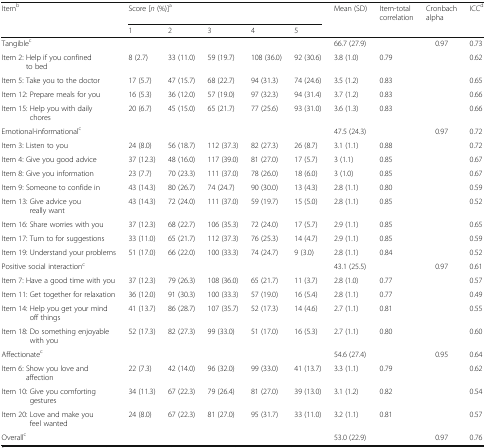
<table><thead><tr><td rowspan="2"><b>Item<sup>b</sup></b></td><td colspan="5"><b>Score [<i>n</i> (%)]<sup>a</sup></b></td><td><b>Mean (SD)</b></td><td><b>Item-total correlation</b></td><td><b>Cronbach alpha</b></td><td><b>ICC<sup>d</sup></b></td></tr><tr><td><b>1</b></td><td><b>2</b></td><td><b>3</b></td><td><b>4</b></td><td><b>5</b></td><td></td><td></td><td></td><td></td></tr></thead><tbody><tr><td colspan="6">Tangible<sup>c</sup></td><td>66.7 (27.9)</td><td></td><td>0.97</td><td>0.73</td></tr><tr><td>Item 2: Help if you confined to bed</td><td>8 (2.7)</td><td>33 (11.0)</td><td>59 (19.7)</td><td>108 (36.0)</td><td>92 (30.6)</td><td>3.8 (1.0)</td><td>0.79</td><td></td><td>0.62</td></tr><tr><td>Item 5: Take you to the doctor</td><td>17 (5.7)</td><td>47 (15.7)</td><td>68 (22.7)</td><td>94 (31.3)</td><td>74 (24.6)</td><td>3.5 (1.2)</td><td>0.83</td><td></td><td>0.65</td></tr><tr><td>Item 12: Prepare meals for you</td><td>16 (5.3)</td><td>36 (12.0)</td><td>57 (19.0)</td><td>97 (32.3)</td><td>94 (31.4)</td><td>3.7 (1.2)</td><td>0.83</td><td></td><td>0.66</td></tr><tr><td>Item 15: Help you with daily chores</td><td>20 (6.7)</td><td>45 (15.0)</td><td>65 (21.7)</td><td>77 (25.6)</td><td>93 (31.0)</td><td>3.6 (1.3)</td><td>0.83</td><td></td><td>0.66</td></tr><tr><td colspan="6">Emotional-informational<sup>c</sup></td><td>47.5 (24.3)</td><td></td><td>0.97</td><td>0.72</td></tr><tr><td>Item 3: Listen to you</td><td>24 (8.0)</td><td>56 (18.7)</td><td>112 (37.3)</td><td>82 (27.3)</td><td>26 (8.7)</td><td>3.1 (1.1)</td><td>0.88</td><td></td><td>0.72</td></tr><tr><td>Item 4: Give you good advice</td><td>37 (12.3)</td><td>48 (16.0)</td><td>117 (39.0)</td><td>81 (27.0)</td><td>17 (5.7)</td><td>3 (1.1)</td><td>0.85</td><td></td><td>0.67</td></tr><tr><td>Item 8: Give you information</td><td>23 (7.7)</td><td>70 (23.3)</td><td>111 (37.0)</td><td>78 (26.0)</td><td>18 (6.0)</td><td>3 (1.0)</td><td>0.85</td><td></td><td>0.67</td></tr><tr><td>Item 9: Someone to confide in</td><td>43 (14.3)</td><td>80 (26.7)</td><td>74 (24.7)</td><td>90 (30.0)</td><td>13 (4.3)</td><td>2.8 (1.1)</td><td>0.80</td><td></td><td>0.59</td></tr><tr><td>Item 13: Give advice you really want</td><td>43 (14.3)</td><td>72 (24.0)</td><td>111 (37.0)</td><td>59 (19.7)</td><td>15 (5.0)</td><td>2.8 (1.1)</td><td>0.85</td><td></td><td>0.52</td></tr><tr><td>Item 16: Share worries with you</td><td>37 (12.3)</td><td>68 (22.7)</td><td>106 (35.3)</td><td>72 (24.0)</td><td>17 (5.7)</td><td>2.9 (1.1)</td><td>0.85</td><td></td><td>0.65</td></tr><tr><td>Item 17: Turn to for suggestions</td><td>33 (11.0)</td><td>65 (21.7)</td><td>112 (37.3)</td><td>76 (25.3)</td><td>14 (4.7)</td><td>2.9 (1.1)</td><td>0.85</td><td></td><td>0.59</td></tr><tr><td>Item 19: Understand your problems</td><td>51 (17.0)</td><td>66 (22.0)</td><td>100 (33.3)</td><td>74 (24.7)</td><td>9 (3.0)</td><td>2.8 (1.1)</td><td>0.84</td><td></td><td>0.52</td></tr><tr><td colspan="6">Positive social interaction<sup>c</sup></td><td>43.1 (25.5)</td><td></td><td>0.97</td><td>0.61</td></tr><tr><td>Item 7: Have a good time with you</td><td>37 (12.3)</td><td>79 (26.3)</td><td>108 (36.0)</td><td>65 (21.7)</td><td>11 (3.7)</td><td>2.8 (1.0)</td><td>0.77</td><td></td><td>0.57</td></tr><tr><td>Item 11: Get together for relaxation</td><td>36 (12.0)</td><td>91 (30.3)</td><td>100 (33.3)</td><td>57 (19.0)</td><td>16 (5.4)</td><td>2.8 (1.1)</td><td>0.77</td><td></td><td>0.49</td></tr><tr><td>Item 14: Help you get your mind off things</td><td>41 (13.7)</td><td>86 (28.7)</td><td>107 (35.7)</td><td>52 (17.3)</td><td>14 (4.6)</td><td>2.7 (1.1)</td><td>0.81</td><td></td><td>0.55</td></tr><tr><td>Item 18: Do something enjoyable with you</td><td>52 (17.3)</td><td>82 (27.3)</td><td>99 (33.0)</td><td>51 (17.0)</td><td>16 (5.3)</td><td>2.7 (1.1)</td><td>0.80</td><td></td><td>0.60</td></tr><tr><td colspan="6">Affectionate<sup>c</sup></td><td>54.6 (27.4)</td><td></td><td>0.95</td><td>0.64</td></tr><tr><td>Item 6: Show you love and affection</td><td>22 (7.3)</td><td>42 (14.0)</td><td>96 (32.0)</td><td>99 (33.0)</td><td>41 (13.7)</td><td>3.3 (1.1)</td><td>0.79</td><td></td><td>0.62</td></tr><tr><td>Item 10: Give you comforting gestures</td><td>34 (11.3)</td><td>67 (22.3)</td><td>79 (26.4)</td><td>81 (27.0)</td><td>39 (13.0)</td><td>3.1 (1.2)</td><td>0.82</td><td></td><td>0.54</td></tr><tr><td>Item 20: Love and make you feel wanted</td><td>24 (8.0)</td><td>67 (22.3)</td><td>81 (27.0)</td><td>95 (31.7)</td><td>33 (11.0)</td><td>3.2 (1.1)</td><td>0.81</td><td></td><td>0.57</td></tr><tr><td colspan="6">Overall<sup>c</sup></td><td>53.0 (22.9)</td><td></td><td>0.97</td><td>0.76</td></tr></tbody></table>